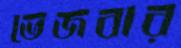
ভেজবার